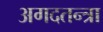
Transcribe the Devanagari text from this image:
अगदतन्त्रा